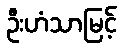
ဦးဟံသာမြင့်